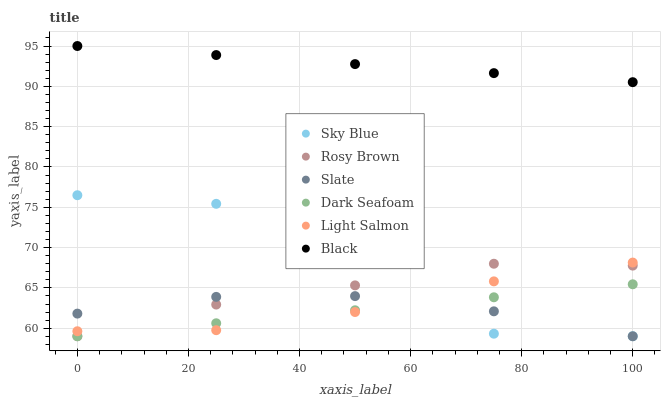
| xaxis_label | Sky Blue | Rosy Brown | Slate | Dark Seafoam | Light Salmon | Black |
 | --- | --- | --- | --- | --- | --- | --- |
 | 0 | 76.5 | 59 | 61.8 | 59 | 59.6 | 95 |
 | 25 | 75.4 | 62.9 | 63.9 | 60.6 | 59.8 | 93.9 |
 | 50 | 69.7 | 65.3 | 64 | 62.2 | 62 | 92.8 |
 | 75 | 59.3 | 68 | 62.1 | 63.8 | 65.8 | 91.6 |
 | 100 | 59 | 67.8 | 59 | 65.4 | 68.1 | 90.5 |